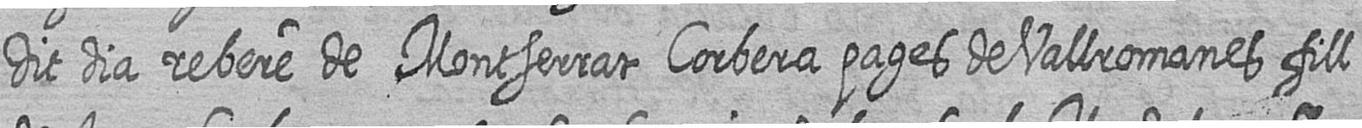
dit dia rebere de Montserrat Corbera pages de Vallromanes fill